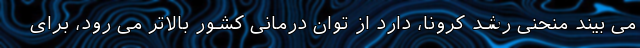
می بیند منحنی رشد کرونا، دارد از توان درمانی کشور بالاتر می رود، برای